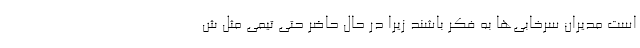
است مدیران سرخابی‌ها به فکر باشند زیرا در حال حاضر حتی تیمی مثل ش